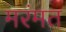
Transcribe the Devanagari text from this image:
मरंमत